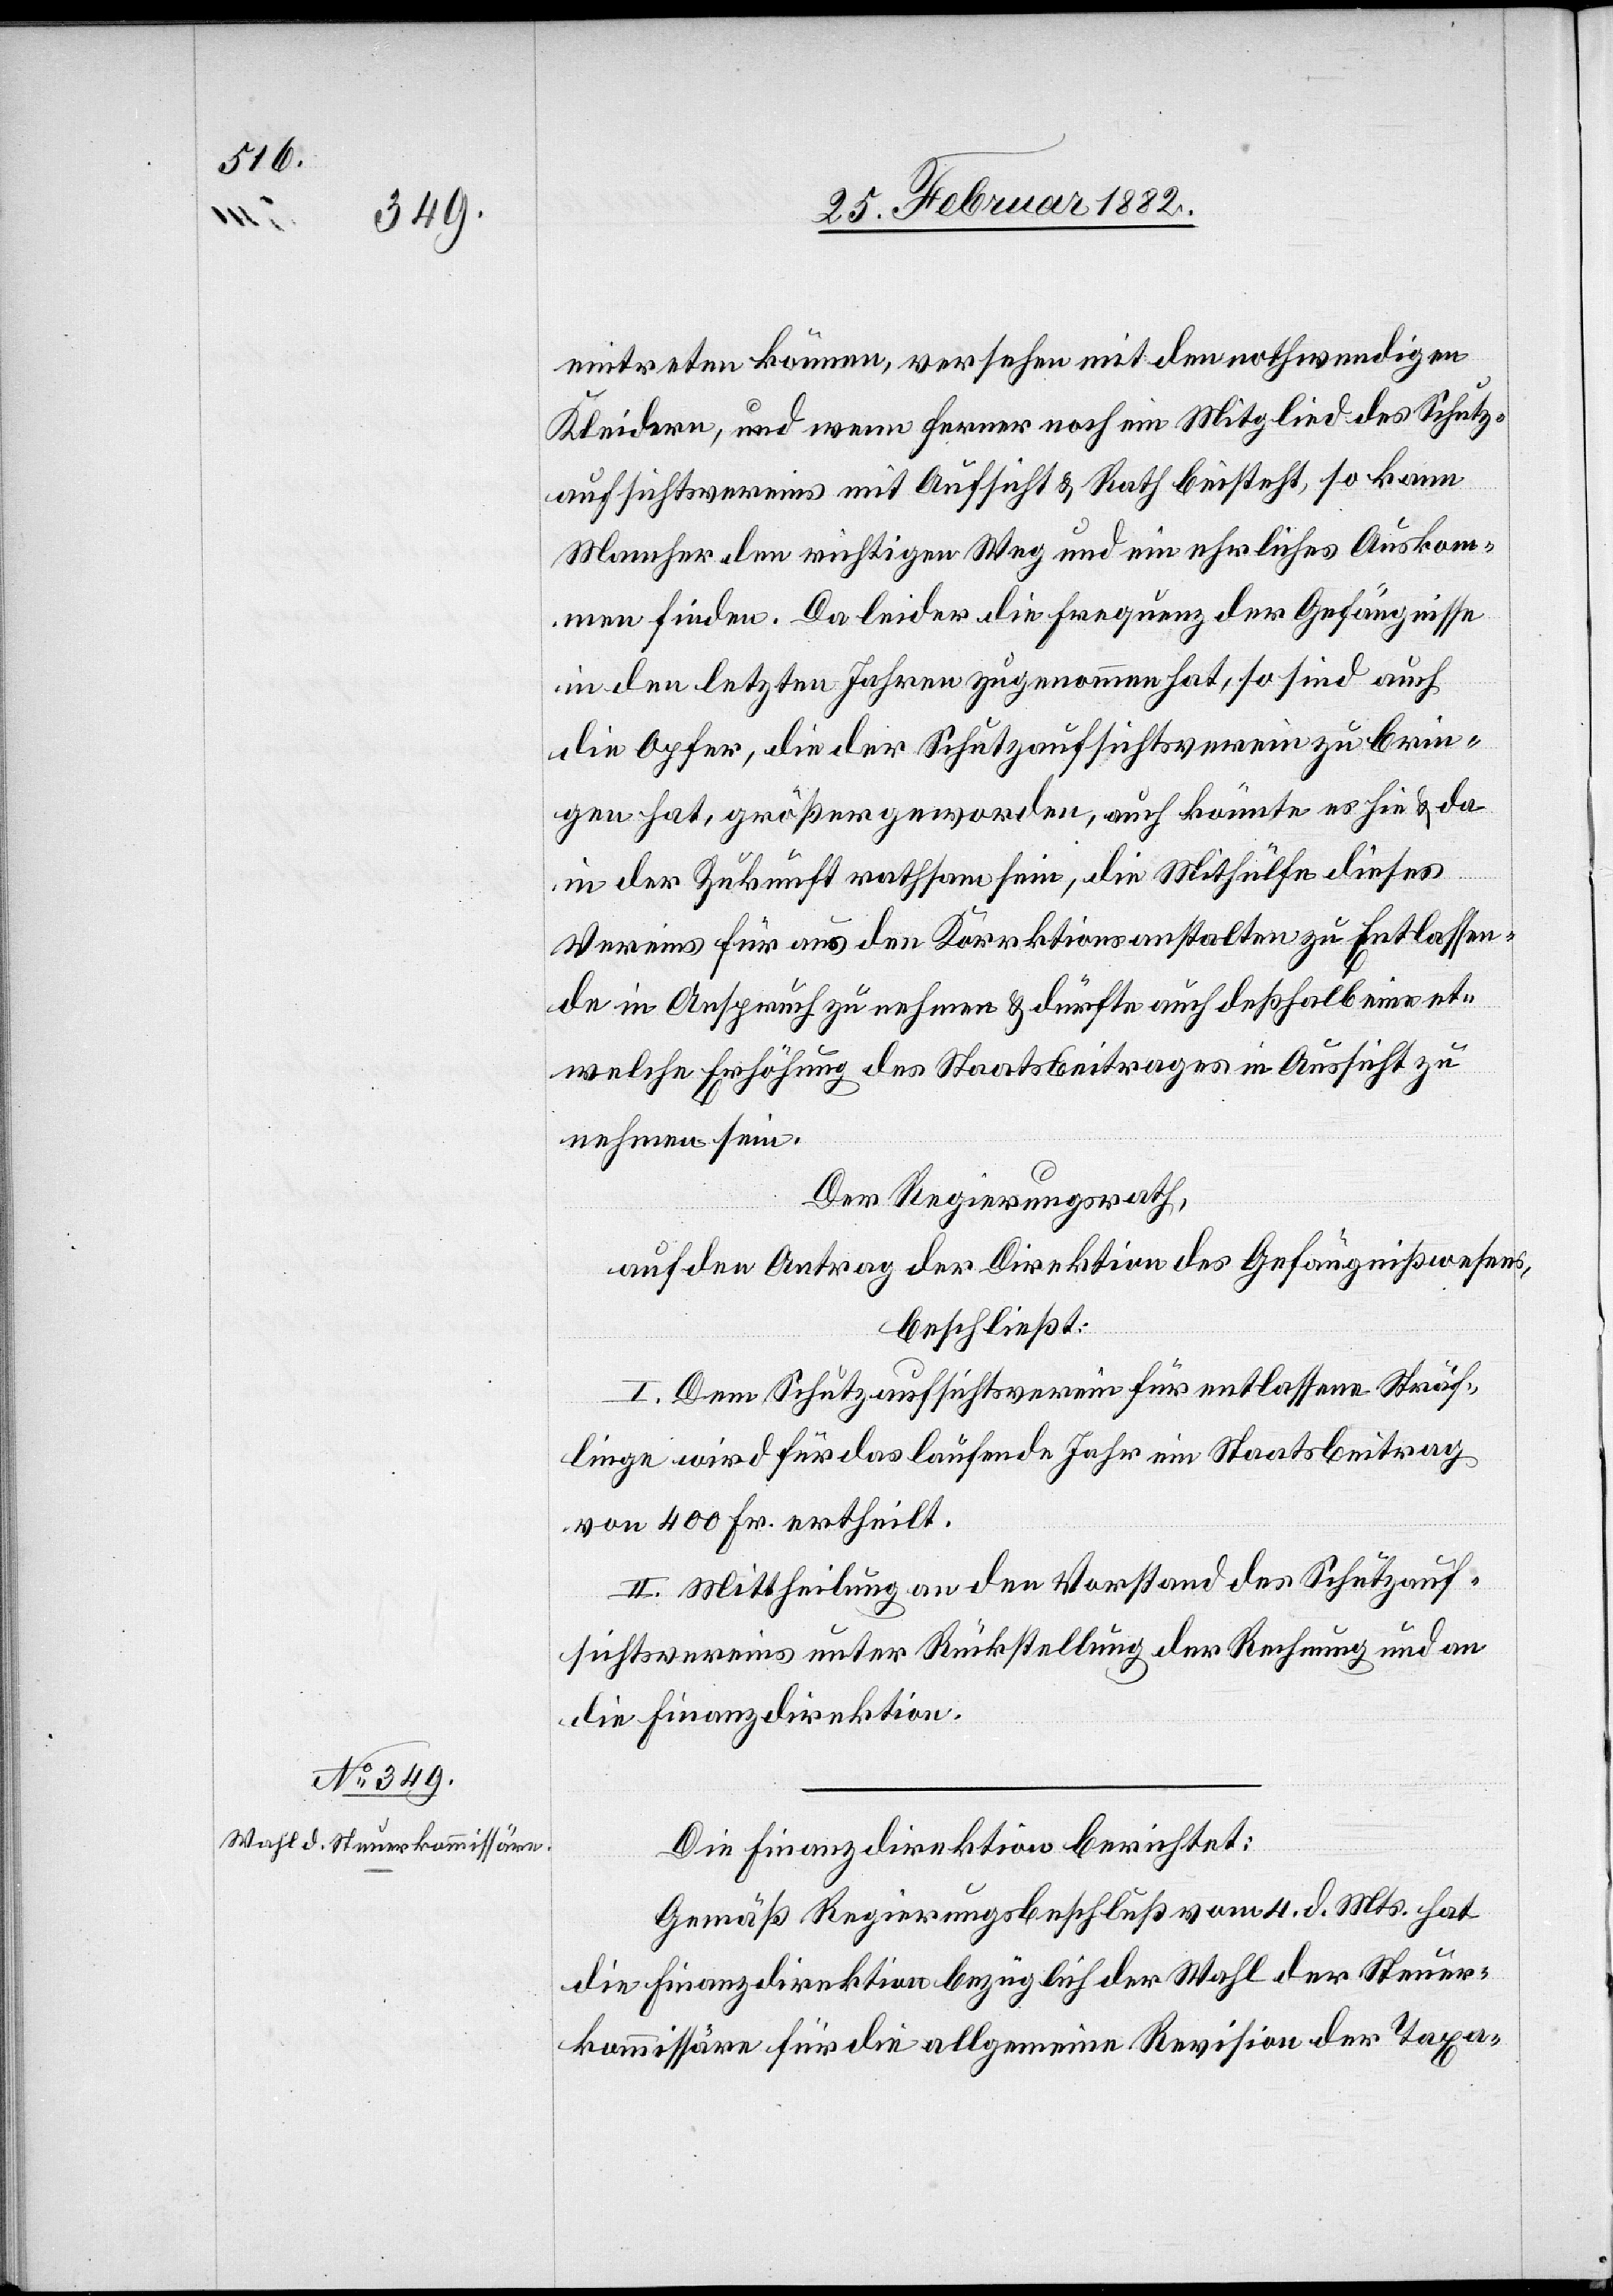
eintreten können, versehen mit den nothwendigen
Kleidern, und wenn ferner noch ein Mitglied des Schutz¬
aufsichtsvereins mit Aufsicht & Rath beisteht, so kann
Mancher dem richtigen Weg und ein ehrliches Auskom¬
men finden. Da leider die Frequenz der Gefängnisse
in den letzten Jahren zugenommen hat, so sind auch
die Opfer, die der Schutzaufsichtsverein zu brin¬
gen hat, größer geworden, auch könnte es hie & da
in der Zukunft rathsam sein, die Mithülfe dieses
Vereins für aus den Korrektionsanstalten zu Entlassen¬
den in Anspruch zu nehmen & dürfte auch deßhalb eine et¬
welche Erhöhung des Staatsbeitrages in Aussicht zu
nehmen sein.
Der Regierungsrath,
auf den Antrag der Direktion des Gefängnißwesens,
beschließt:
I. Dem Schutzaufsichtsverein für entlassene Sträf¬
linge wird für das laufende Jahre ein Staatsbeitrag
von 400 Fr. ertheilt.
II. Mittheilung an den Vorstand des Schutzauf¬
sichtsvereins unter Rückstellung der Rechnung und an
die Finanzdirektion.
Die Finanzdirektion berichtet:
Gemäß Regierungsbeschluß vom 4. d. Mts. hat
die Finanzdirektion bezüglich der Wahl der Steuer¬
kommissäre für die allgemeine Revision der Taxa-